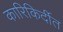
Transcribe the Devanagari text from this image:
कारिकिर्दीत